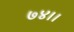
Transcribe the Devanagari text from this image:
७४।।